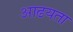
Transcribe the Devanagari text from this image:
आढयता